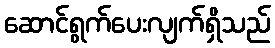
ဆောင်ရွက်ပေးလျက်ရှိသည်